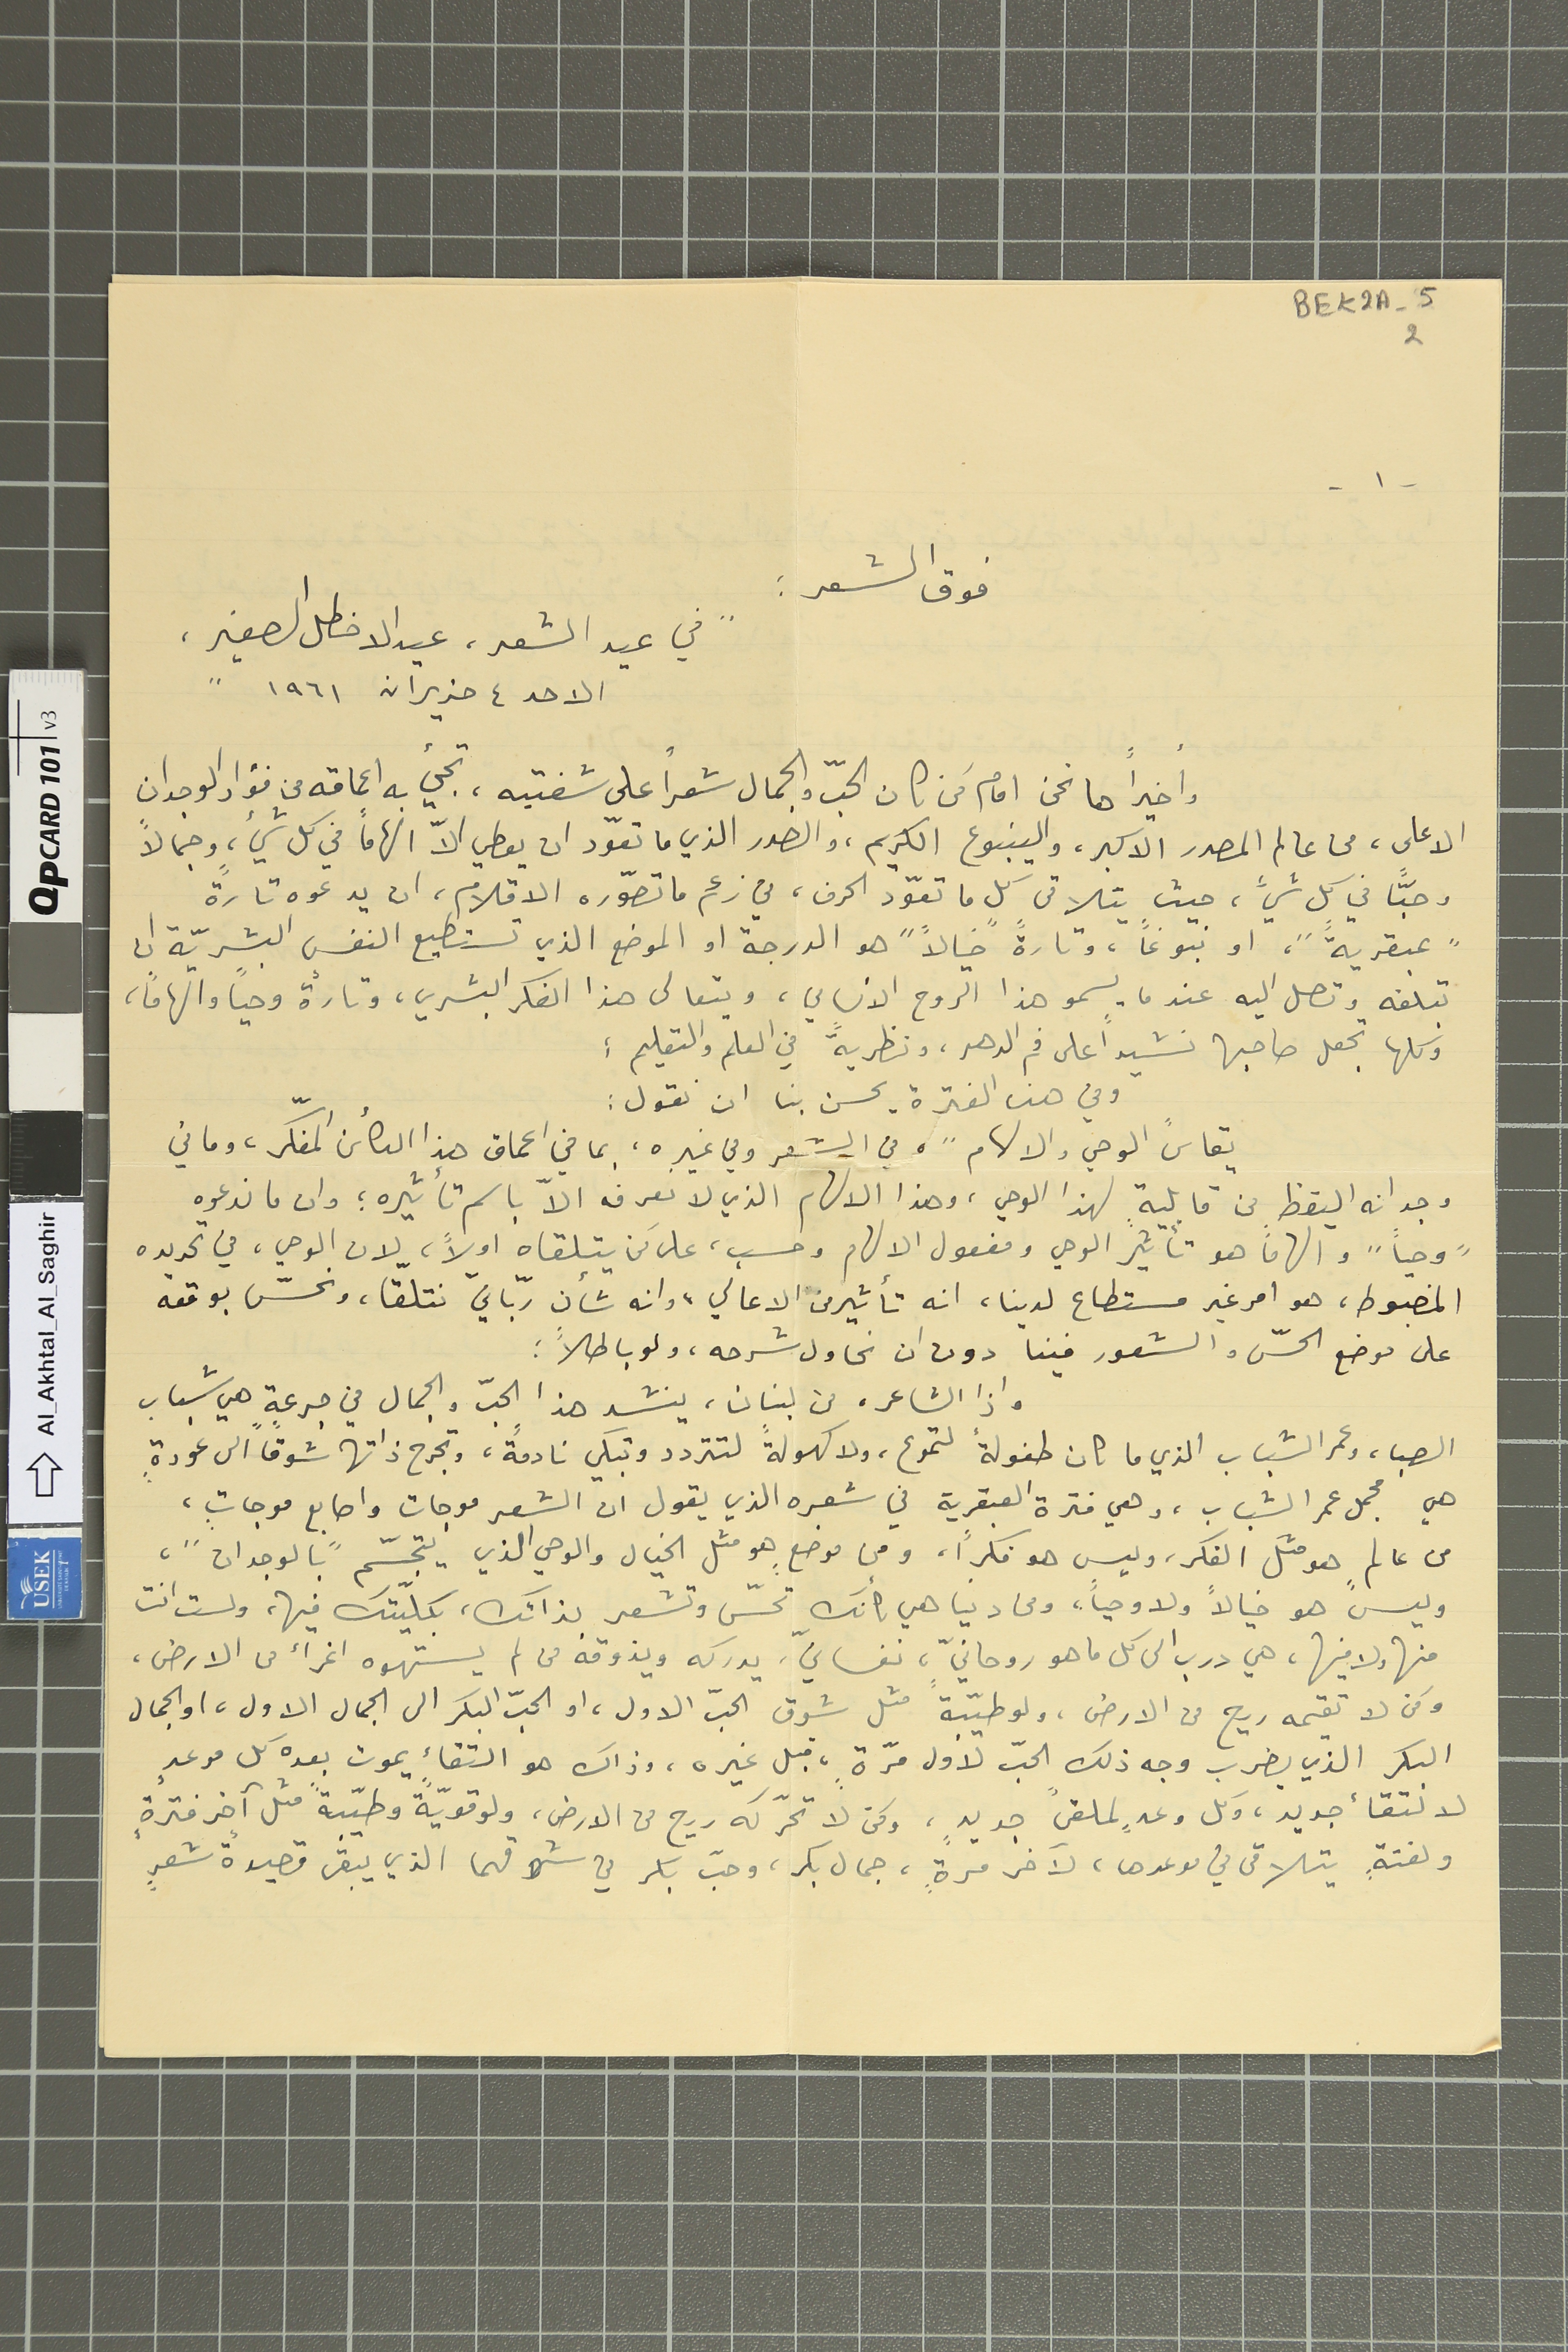
BEK2A-5 2
فوق الشعر :
" في عيد الشعر، عيد الاخطل الصغير،
الاحد ٤ حزيران ١٩٦١ "
وأخيراً ها نحن امام مَن كان الحبّ والجمال شعراً على شفتيه، تجيء به اعماقه من فؤاد الوجدان
الاعلى، من عالم المصدر الاكبر، والينبوع الكريم، والصدر الذي ما تعوّد ان يعطي الاّ الهاماً في كل شيء، وجمالاً
وحبّاً في كل شيء، حيث يتلاقى كل ما تعوّد الحرف، في زعم ما تصوّره الاقلام، ان يدعوه تارةً
"عبقرية"، او نبوغاً، وتارةً "خيالاً" هو الدرجة او الموضع الذي تستطيع النفس البشريّة ان
تبلغه وتصل اليه عندما يسمو هذا الروح الانساني، ويتعالى هذا الفكر البشري، وتارةً وحياً والهاماً،
وكلها تجعل صاحبها نشيداً على فم الدهر، ونظريّةً في العلم والتعليم :
وفي هذه الفترة يحسن بنا ان نقول :
يقاس "الوحي والالهام"، في الشعر  وفي غيره، بما في اعماق هذا الكائن المفكّر، وما في
وجدانه اليقظ من قابليةٍ لهذا الوحي، وهذا الالهام الذي لا نعرفه الاّ باسم تأثيره ؛ وان ما ندعوه
"وحياً" والهاماً هو تأثير الوحي ومفعول الالهام وحسب، على مَن يتلقاه اولاً، لان الوحي، في تحديده
المضبوط، هو امر غير مستطاع لدينا، انه تأثير من الاعالي، وانه شأن ربّانيّ نتلقّا، ونحسّ بوقعه
على موضع الحسّ والشعور فينا دون ان نحاول شرحه، ولو باطلاً ؛
واذا الشاعر، من لبنان، ينشد هذا الحبّ والجمال في جرعةٍ هي شباب
الصبا، وعمر الشباب الذي ما كان طفولة لتموع، ولا كهولةً لتتردد وتبكي نادمةً، وتجرح ذاتها شوقاً الى عودةٍ
هي مجمل عمر الشباب، وهي فترة العبقرية في شعره الذي يقول ان الشعر موجات واصابع موجاتٍ،
من عالمٍ هو مثلَ الفكر، وليس هو فكراً، ومن موضعٍ هو مثل الخيال والوحي الذي يتجسّم "بالوجدان"،
وليس هو خيالاً ولا وحياً، ومن دنيا هي كأنك تحسّ وتشعر بذاتك، بكلّيتك فيها، ولست انت
منها ولا فيها، هي درب الى كل ما هو روحانيّ، نفسانيّ، يدركه ويذوقه من لم يستهوه اغراء من الارض
  ومن لا تقيمه ريح من الارض، ولو طيّبةً مثل شوق الحبّ الاول، او الحبّ البكر الى الجمال الاول، والجمال
البكر الذي يضرب وجه ذلك الحبّ لأول مرّةٍ، قبل غيره، وذاك هو التقااء يموت بعده كل موعدٍ
ولفتةٍ يتلاقى في موعدها، لآخر مرّةٍ، جمال بكر، وحبّ بكر في شوقهما الذي يبقى قصيدةً شعرٍ
-١-
لالتقاء جديد، وكل وعدٍ لملقىً جديدٍ، ولحن لا تحرّكه ريح من الارض، ولو قويّةً وطيّبةً مثل آخر فترةٍ